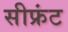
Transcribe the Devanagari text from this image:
सीफ्रंट